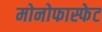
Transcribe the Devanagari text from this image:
मोनोफास्फेट